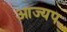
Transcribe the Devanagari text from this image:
आज्यप